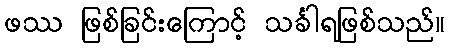
ဖဿ ဖြစ်ခြင်းကြောင့် သင်္ခါရဖြစ်သည်။